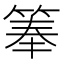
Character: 𬕏